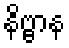
နိဗ္ဗာန